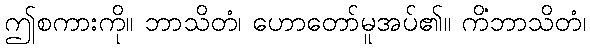
ဤစကားကို။ ဘာသိတံ၊ ဟောတော်မူအပ်၏။ ကိံဘာသိတံ၊